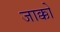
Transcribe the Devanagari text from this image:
जाक्को